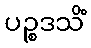
ပဉ္စဒသိံ